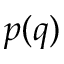
p ( q )